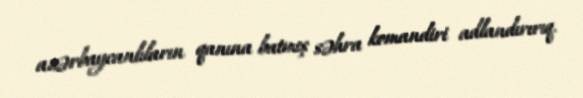
azərbaycanlıların qanına batmış səhra komandiri adlandırırıq.